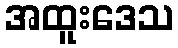
အထူးဒေသ